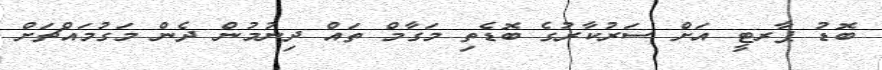
ބޮޑު ޕާރޓީ އަށް ސަރުކާރުގެ ބޮޑެތި މަގާމް ތައް ދިނުމުން ދެން މަގުމައްޗަށް